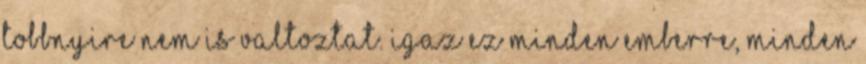
tobbnyire nem is valtoztat. Igaz ez minden emberre, minden